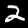
Label: 2